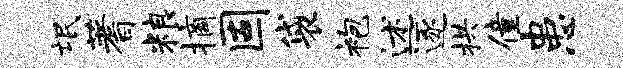
氓蓍粮摘固袋袍述逐拱僮患